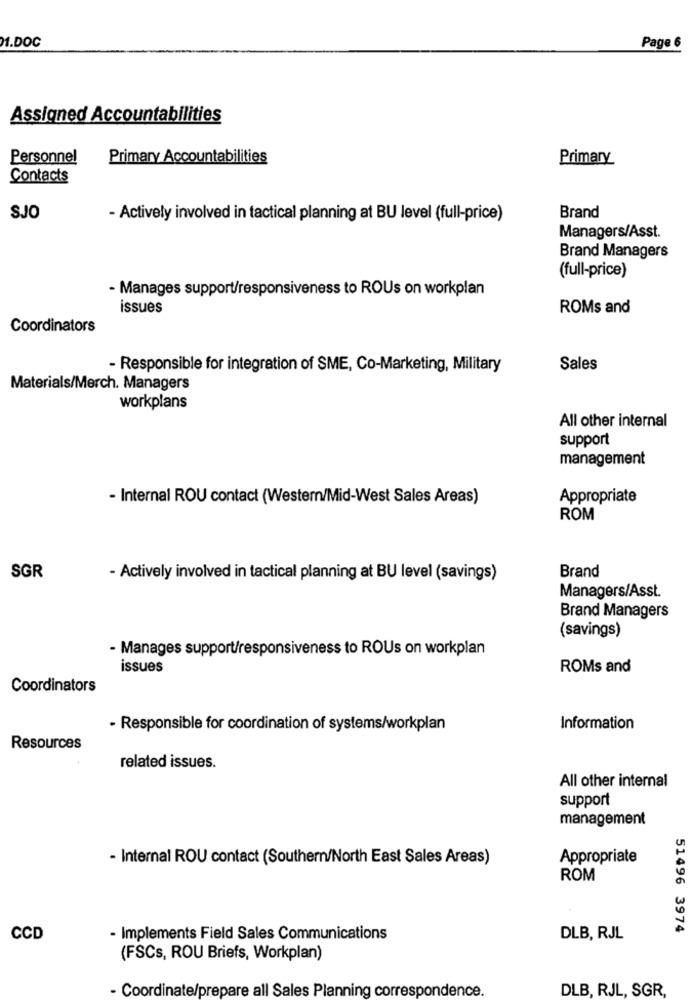
M.DOC
Page 6
Assigned Accountabilities
Personnel
Primary Accountabilities
Primary
Contacts
SJO
- Actively involved in tactical planning at BU level (full-price)
Brand
Managers/Asst.
Brand Managers
(full-price)
- Manages support/responsiveness to ROUs on workplan
issues
ROMs and
Coordinators
- Responsible for integration of SME, Co-Marketing, Military
Sales
Materials/Merch. Managers
workplans
All other internal
support
management
- Internal ROU contact (Western/Mid-West Sales Areas)
Appropriate
ROM
Brand
SGR
- Actively involved in tactical planning at BU level (savings)
Managers/Asst.
Brand Managers
(savings)
- Manages support/responsiveness to ROUs on workplan
issues
ROMs and
Coordinators
- Responsible for coordination of systems/workplan
Information
Resources
related issues.
All other internal
support
management
- Internal ROU contact (Southern/North East Sales Areas)
Appropriate
ROM
51496 3974
CCD
- Implements Field Sales Communications
DLB, RJL
(FSCs, ROU Briefs, Workplan)
- Coordinate/prepare all Sales Planning correspondence.
DLB, RJL, SGR,